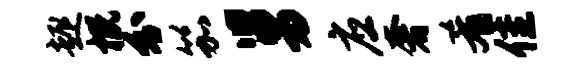
趣概分笳舅应奢肴隹